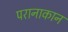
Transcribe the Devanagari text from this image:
परानाकान